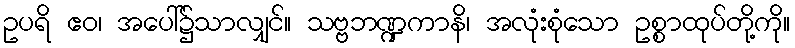
ဥပရိ ဧဝ၊ အပေါ်၌သာလျှင်။ သဗ္ဗဘဏ္ဍကာနိ၊ အလုံးစုံသော ဥစ္စာထုပ်တို့ကို။